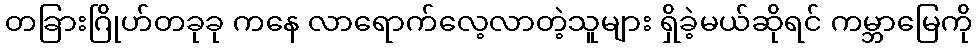
တခြားဂြိုဟ်တခုခု ကနေ လာရောက်လေ့လာတဲ့သူများ ရှိခဲ့မယ်ဆိုရင် ကမ္ဘာမြေကို